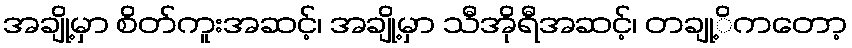
အချို့မှာ စိတ်ကူးအဆင့်၊ အချို့မှာ သီအိုရီအဆင့်၊ တချု့ိကတော့